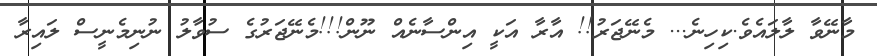
މާނޭވާ ލާލައެވެ.ކިހިނެ... މެނޭޖަރު!! އާރާ އަކީ އިންސާނެއް ނޫން!!!މެނޭޖަރުގެ ސުވާލު ނުނިމެނީސް ލައިރާ